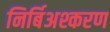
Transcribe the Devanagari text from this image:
निर्बिअश्करण